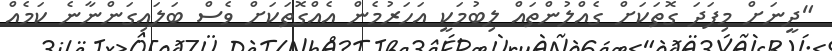
"ދީނަށް މިފަދަ ގޮތަކަށް ގެއްލުންތައް ލިބުމަކީ އަހަރުމެން އެއްގޮތަކަށް ވެސް ބަލައިގަންނާނެ ކަމެއް